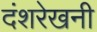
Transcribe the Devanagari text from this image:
दंशरेखनी